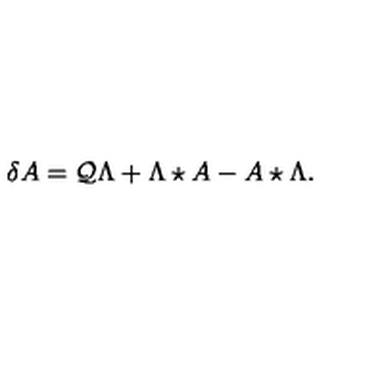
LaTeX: \delta A = \mathcal { Q } \Lambda + \Lambda \star A - A \star \Lambda .